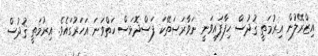
އިޒްރޭލުން އިރުމަތީ ޤުދުސް ހިފާފައިވަނީ ނަވާރަސަތޭކަ ފަސްދޮޅަސް ހަތްވަނަ އަހަރުގައެވެ. އިރުމަތީ ޤުދުސް